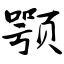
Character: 颚